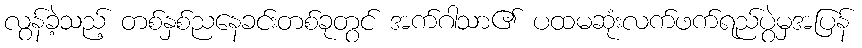
လွန်ခဲ့သည့် တစ်နှစ်ညနေခင်းတစ်ခုတွင် အက်ဂါသာ၏ ပထမဆုံးလက်ဖက်ရည်ပွဲမှအပြန်